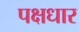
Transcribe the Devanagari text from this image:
पक्षधार